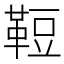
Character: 𩊪